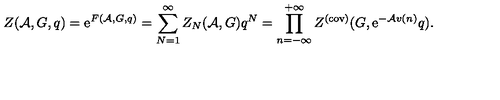
Z ( { \cal A } , G , q ) = \mathrm { e } ^ { F ( { \cal A } , G , q ) } = \sum _ { N = 1 } ^ { \infty } Z _ { N } ( { \cal A } , G ) q ^ { N } = \prod _ { n = - \infty } ^ { + \infty } Z ^ { ( \mathrm { c o v ) } } ( G , \mathrm { e } ^ { - { \cal A } v ( n ) } q ) .